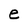
Character: e